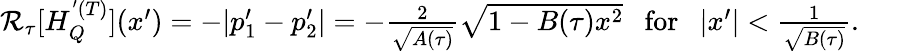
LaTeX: \begin{array}{r}{\mathcal{R}_{\tau}[H_{Q}^{'(T)}](x^{\prime})=-|p_{1}^{\prime}-p_{2}^{\prime}|=-\frac{2}{\sqrt{A(\tau)}}\sqrt{1-B(\tau)x^{2}}\ \ \ \mathrm{for}\ \ \ |x^{\prime}|<\frac{1}{\sqrt{B(\tau)}}.\ \ \ \ \ \ \ \ }\end{array}